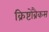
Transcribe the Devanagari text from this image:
क्रिष्टोब्रैकस